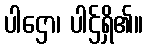
ပါဌော၊ ပါဌ်ရှိ၏။